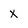
Character: x